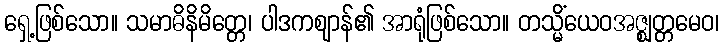
ရှေ့ဖြစ်သော။ သမာဓိနိမိတ္တေ၊ ပါဒကဈာန်၏ အာရုံဖြစ်သော။ တသ္မိံယေဝအဇ္ဈတ္တမေဝ၊